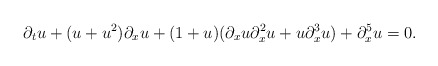
\begin{align*} \partial_tu + (u+u^2)\partial_xu+ (1+u)(\partial_xu\partial_x^2u + u\partial_x^3u) + \partial_x^5u = 0.\end{align*}